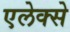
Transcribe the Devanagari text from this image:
एलेक्से